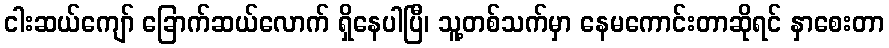
ငါးဆယ်ကျော် ခြောက်ဆယ်လောက် ရှိနေပါပြီ၊ သူ့တစ်သက်မှာ နေမကောင်းတာဆိုရင် နှာစေးတာ